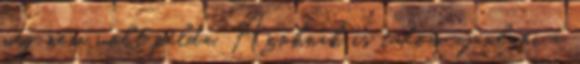
még nem volt példa. Azoknak is tudom ajánlani a